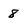
Character: 8